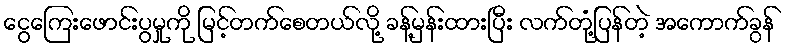
ငွေကြေးဖောင်းပွမှုကို မြင့်တက်စေတယ်လို့ ခန့်မှန်းထားပြီး လက်တုံ့ပြန်တဲ့ အကောက်ခွန်